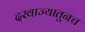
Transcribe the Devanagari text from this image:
दरवाज्यातूनच